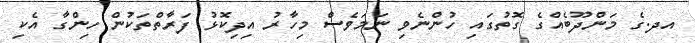
އދ.ގެ މަންދޫބެއްގެ ގޮތުގައި ހުންނެވި ނަމަވެސް މިހާރު އިދިކޮޅު ފަރާތްތަކުން ހިންގާ އެކި